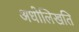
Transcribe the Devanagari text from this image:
अधोलिखति